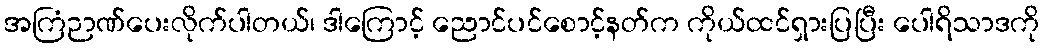
အကြံဉာဏ်ပေးလိုက်ပါတယ်၊ ဒါကြောင့် ညောင်ပင်စောင့်နတ်က ကိုယ်ထင်ရှားပြပြီး ပေါရိသာဒကို